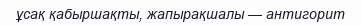
ұсақ қабыршақты, жапырақшалы — антигорит